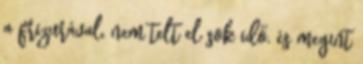
a frizurával, nem telt el sok idő, és megint